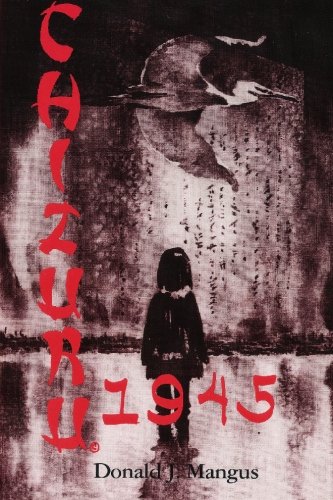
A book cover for Chizuru 1945: Winter Cranes; Donald J. Mangus M.D.; Science Fiction & Fantasy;